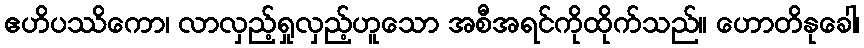
ဧဟိပဿိကော၊ လာလှည့်ရှုလှည့်ဟူသော အစီအရင်ကိုထိုက်သည်။ ဟောတိနုခေါ၊